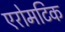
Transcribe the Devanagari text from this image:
एरोमटिक